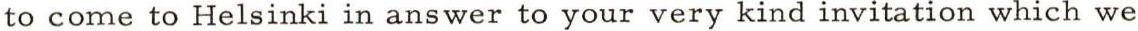
to come to Helsinki in answer to your very kind invitation which we